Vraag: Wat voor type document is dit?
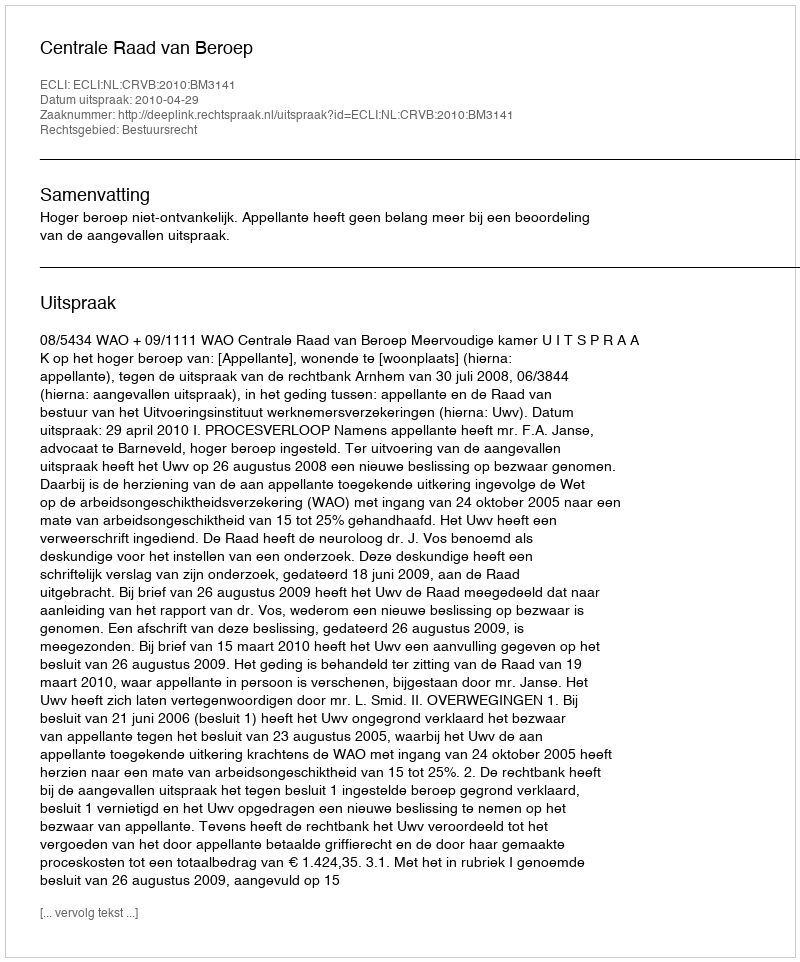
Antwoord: Uitspraak